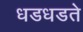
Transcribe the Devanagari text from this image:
धडधडते